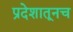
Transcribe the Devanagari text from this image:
प्रदेशातूनच